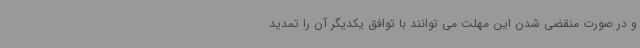
و در صورت منقضی شدن این مهلت می توانند با توافق یکدیگر آن را تمدید